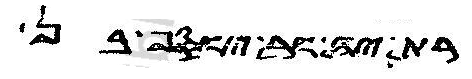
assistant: ית יוסף מן